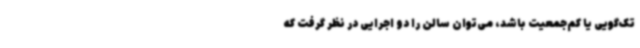
تک‌گویی یا کم‌جمعیت باشد، می‌توان سالن را دو اجرایی در نظر گرفت که